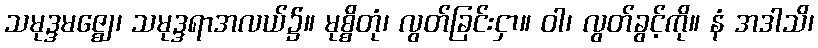
သမုဒ္ဒမဇ္ဈေ၊ သမုဒ္ဒရာအလယ်၌။ မုစ္စိတုံ၊ လွတ်ခြင်းငှာ။ ဝါ၊ လွတ်ခွင့်ကို။ နံ အဒါသိ၊